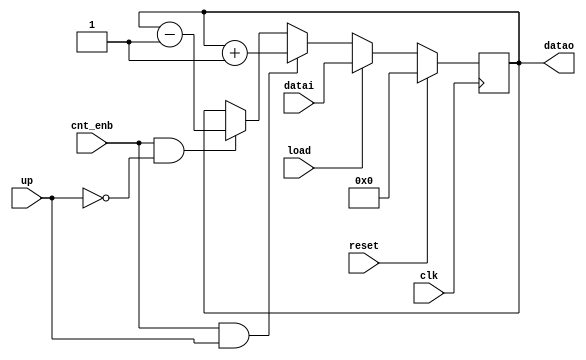
// 8 bit up/down counter
//
//  Description:
//  	This is the Stack pointer register. 
// 	It is really just an 8 bit up/down counter.
// 
//  Signals ending in _n are active low.
// 
//
// -------------------------------------------------------------------------------- 
`timescale 1 ns / 1 ns // timescale for following modules

module s_reg (clk,
   reset,
   datai,
   datao,
   load,
   up,
   cnt_enb);
input   clk; //  we use the IEEE standard 1164 logic types. + and - operators

input   reset; 
input   [7:0] datai; //  data bus in

output  [7:0] datao; //  data bus out

input   load; //  load enable

input   up; //  1=count up, 0=down

input   cnt_enb; 
wire    [7:0] datao; 
//  count enable
reg     [7:0] dataol; //  local version
// ------------------Architecture synth-----------
//  be sure to include the following synopsys command in your synthesis script
//  compile_preserve_sync_resets="true"
assign datao = dataol; 
//  drive the port
always @(posedge clk)
   begin
   if (reset == 1'b 1)
      begin
      dataol <= 8'b 00000000;
      end
   else if (load == 1'b 1 )
      begin
      dataol <= datai;
      end
   else if (cnt_enb == 1'b 1 & up == 1'b 1 )
      begin
      dataol <= dataol + 1;
      end
   else if (cnt_enb == 1'b 1 & up == 1'b 0 )
      begin
      dataol <= dataol - 1;
      end
   else
      begin
      dataol <= dataol;
      end
   end

endmodule // module s_reg